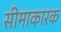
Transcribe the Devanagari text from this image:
सीमाकारक